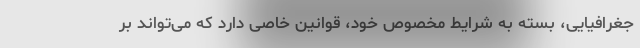
جغرافیایی، بسته به شرایط مخصوص خود، قوانین خاصی دارد که می‌تواند بر